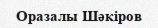
Оразалы Шәкіров